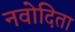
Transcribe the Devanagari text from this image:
नवोदिता